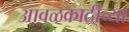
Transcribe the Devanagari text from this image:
आवळकाठीच्या